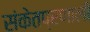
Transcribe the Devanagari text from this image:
संकेतप्रणाली